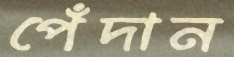
পেঁদান